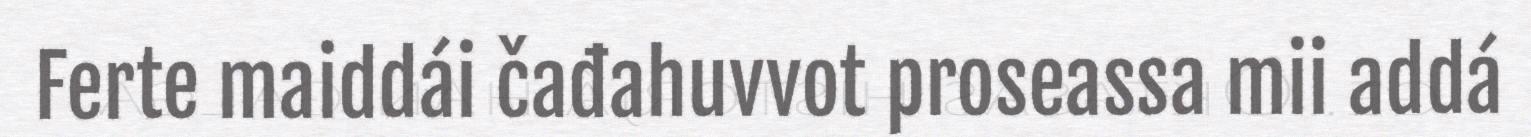
Ferte maiddái čađahuvvot proseassa mii addá